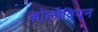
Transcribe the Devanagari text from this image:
कोलोवियन